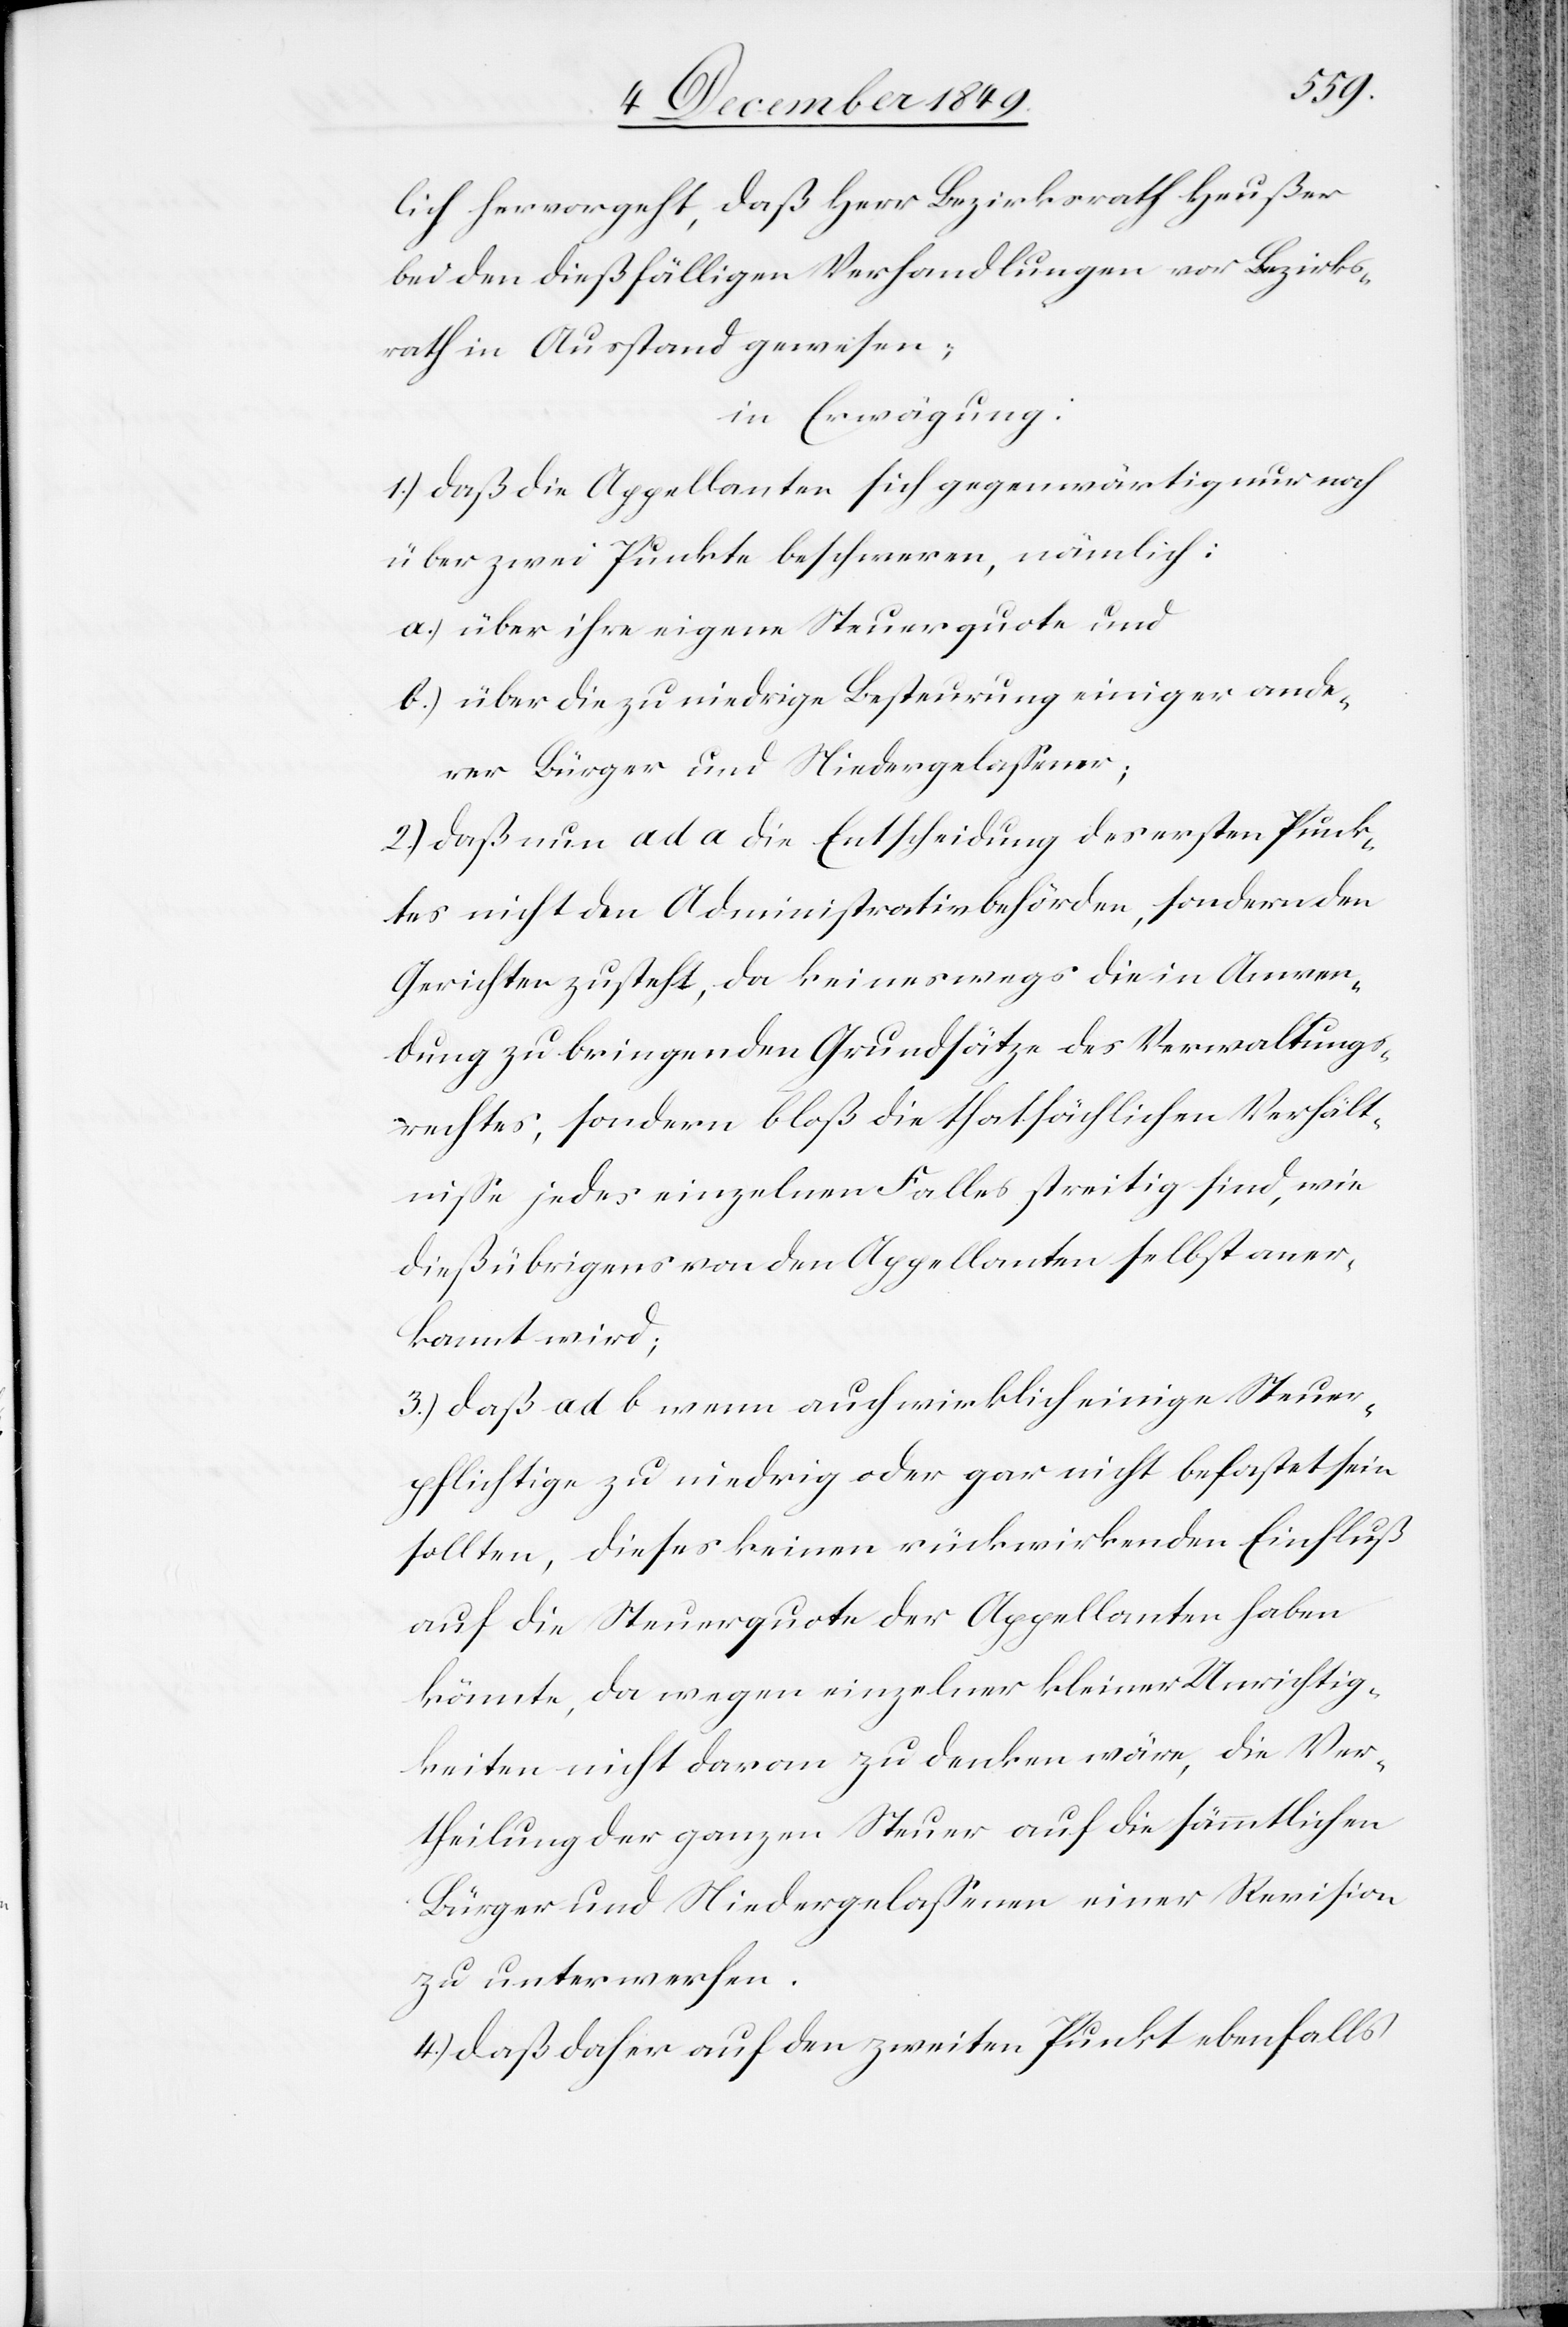
lich hervorgeht, daß Herr Bezirksrath Heußer
bei den dießfälligen Verhandlungen vor Bezirks¬
rath in Ausstand gewesen;
in Erwägung:
1.) daß die Appellanten sich gegenwärtig nur noch
über zwei Punkte beschweren, nämlich:
a.) über ihre eigene Steuerquote und
b.) über die zu niedrige Besteuerung einiger ande¬
rer Bürger und Niedergelaßener;
2.) daß nun ad a die Entscheidung des ersten Punk¬
tes nicht den Administrativbehörden, sondern den
Gerichten zusteht, da keineswegs die in Anwen¬
dung zu bringenden Grundsätze des Verwaltungs¬
rechtes, sondern bloß die thatsächlichen Verhält¬
niße jedes einzelnen Falles streitig sind, wie
dieß übrigens von den Appellanten selbst aner¬
kannt wird;
3.) daß ad b wenn auch wirklich einige Steuer¬
pflichtige zu niedrig oder gar nicht belastet sein
sollten, dieses keinen rückwirkenden Einfluß
auf die Steuerquote der Appellanten haben
könnte, da wegen einzelner kleiner Unrichtig¬
keiten nicht daran zu denken wäre, die Ver¬
theilung der ganzen Steuer auf die sämmtlichen
Bürger und Niedergelaßenen einer Revision
zu unterwerfen.
4.) daß daher auf den zweiten Punkt ebenfalls